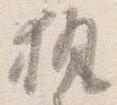
執